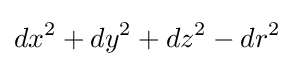
dx^{2}+dy^{2}+dz^{2}-dr^{2}